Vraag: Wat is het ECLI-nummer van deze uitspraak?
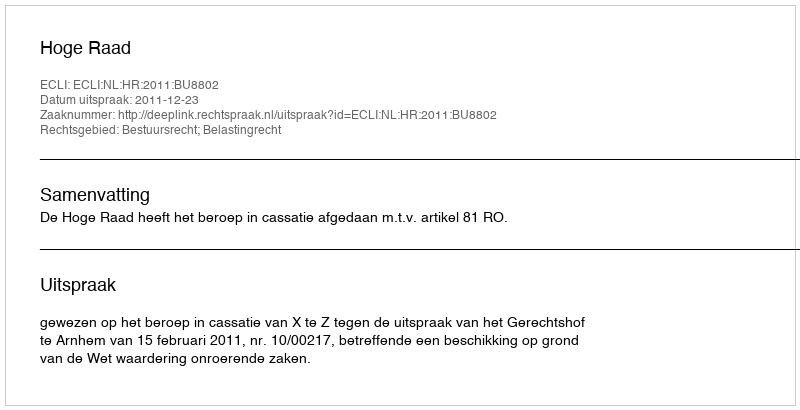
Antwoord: ECLI:NL:HR:2011:BU8802